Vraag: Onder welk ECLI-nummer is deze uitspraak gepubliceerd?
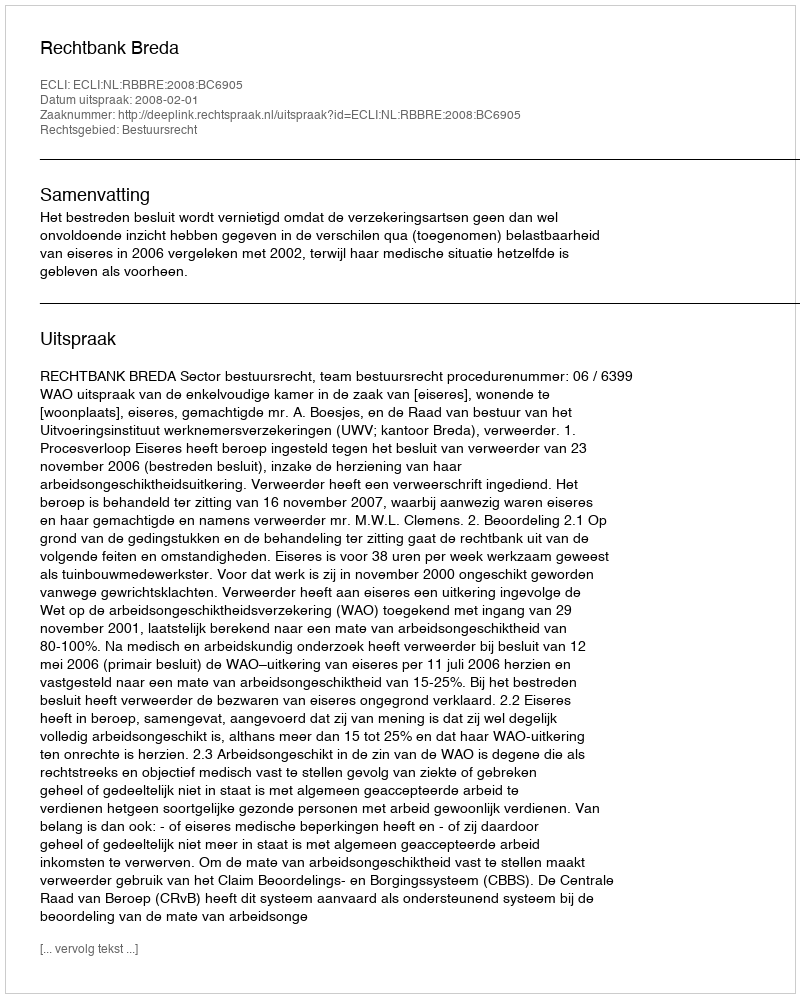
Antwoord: ECLI:NL:RBBRE:2008:BC6905